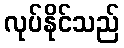
လုပ်နိုင်သည်